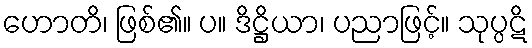
ဟောတိ၊ ဖြစ်၏။ ပ။ ဒိဋ္ဌိယာ၊ ပညာဖြင့်။ သုပ္ပဋိ